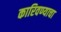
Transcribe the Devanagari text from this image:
कारिवण्याचा